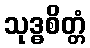
သုဒ္ဓစိတ္တံ